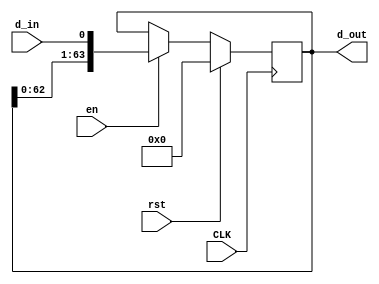
`timescale 1ns / 1ps
//////////////////////////////////////////////////////////////////////////////////
// Company: 
// Engineer: 
// 
// Design Name: 
// Module Name:    shift_in 
// Project Name: 
// Target Devices: 
// Tool versions: 
// Description: 
//
// Dependencies: 
//
// Revision: 
// Revision 0.01 - File Created
// Additional Comments: 
//
//////////////////////////////////////////////////////////////////////////////////
module shift_in(
    input CLK,
    input d_in,
    output [63:0] d_out,
    input rst,
	 input en
    );

reg [63:0] contents;
assign d_out = contents;

always@ (posedge CLK) begin
	if (rst == 1'b1) 
		contents <= 64'b0;
	else if (en == 1'b1)
		contents <= {contents[63:0], d_in};
end
endmodule